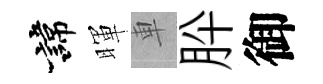
諱暉車肸御